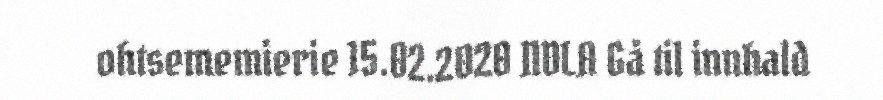
ohtsememierie 15.02.2020 NDLA Gå til innhald